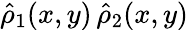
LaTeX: \hat{\rho}_{1}(x,y)\, \hat{\rho}_{2}(x,y)